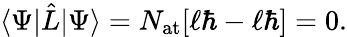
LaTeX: \langle\Psi\vert{\hat{L}}\vert\Psi\rangle=N_{\mathrm{{at}}}[\ell\hbar-\ell\hbar]=0.